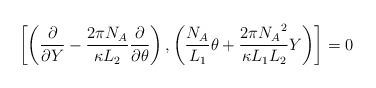
LaTeX: \begin{align*}\left[\left(\frac{\partial}{\partial Y} - \frac{2\pi N_A}{\kappa L_2}\frac{\partial}{\partial\theta}\right), \left(\frac{N_A}{L_1}\theta +\frac{2\pi {N_A}^{2}}{\kappa L_{1}L_{2}} Y \right)\right] = 0\end{align*}